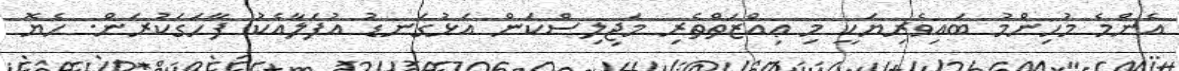
އެންމެ މުހިންމު ބައިވެރިޔަކީ މި ޢިއްޒަތްތެރި މަޖިލިސްކަން އަޅުގަނޑު އުފަލާއެކު ފާހަގަކުރަން. ހެޔޮ